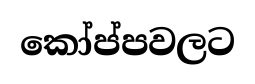
කෝප්පවලට